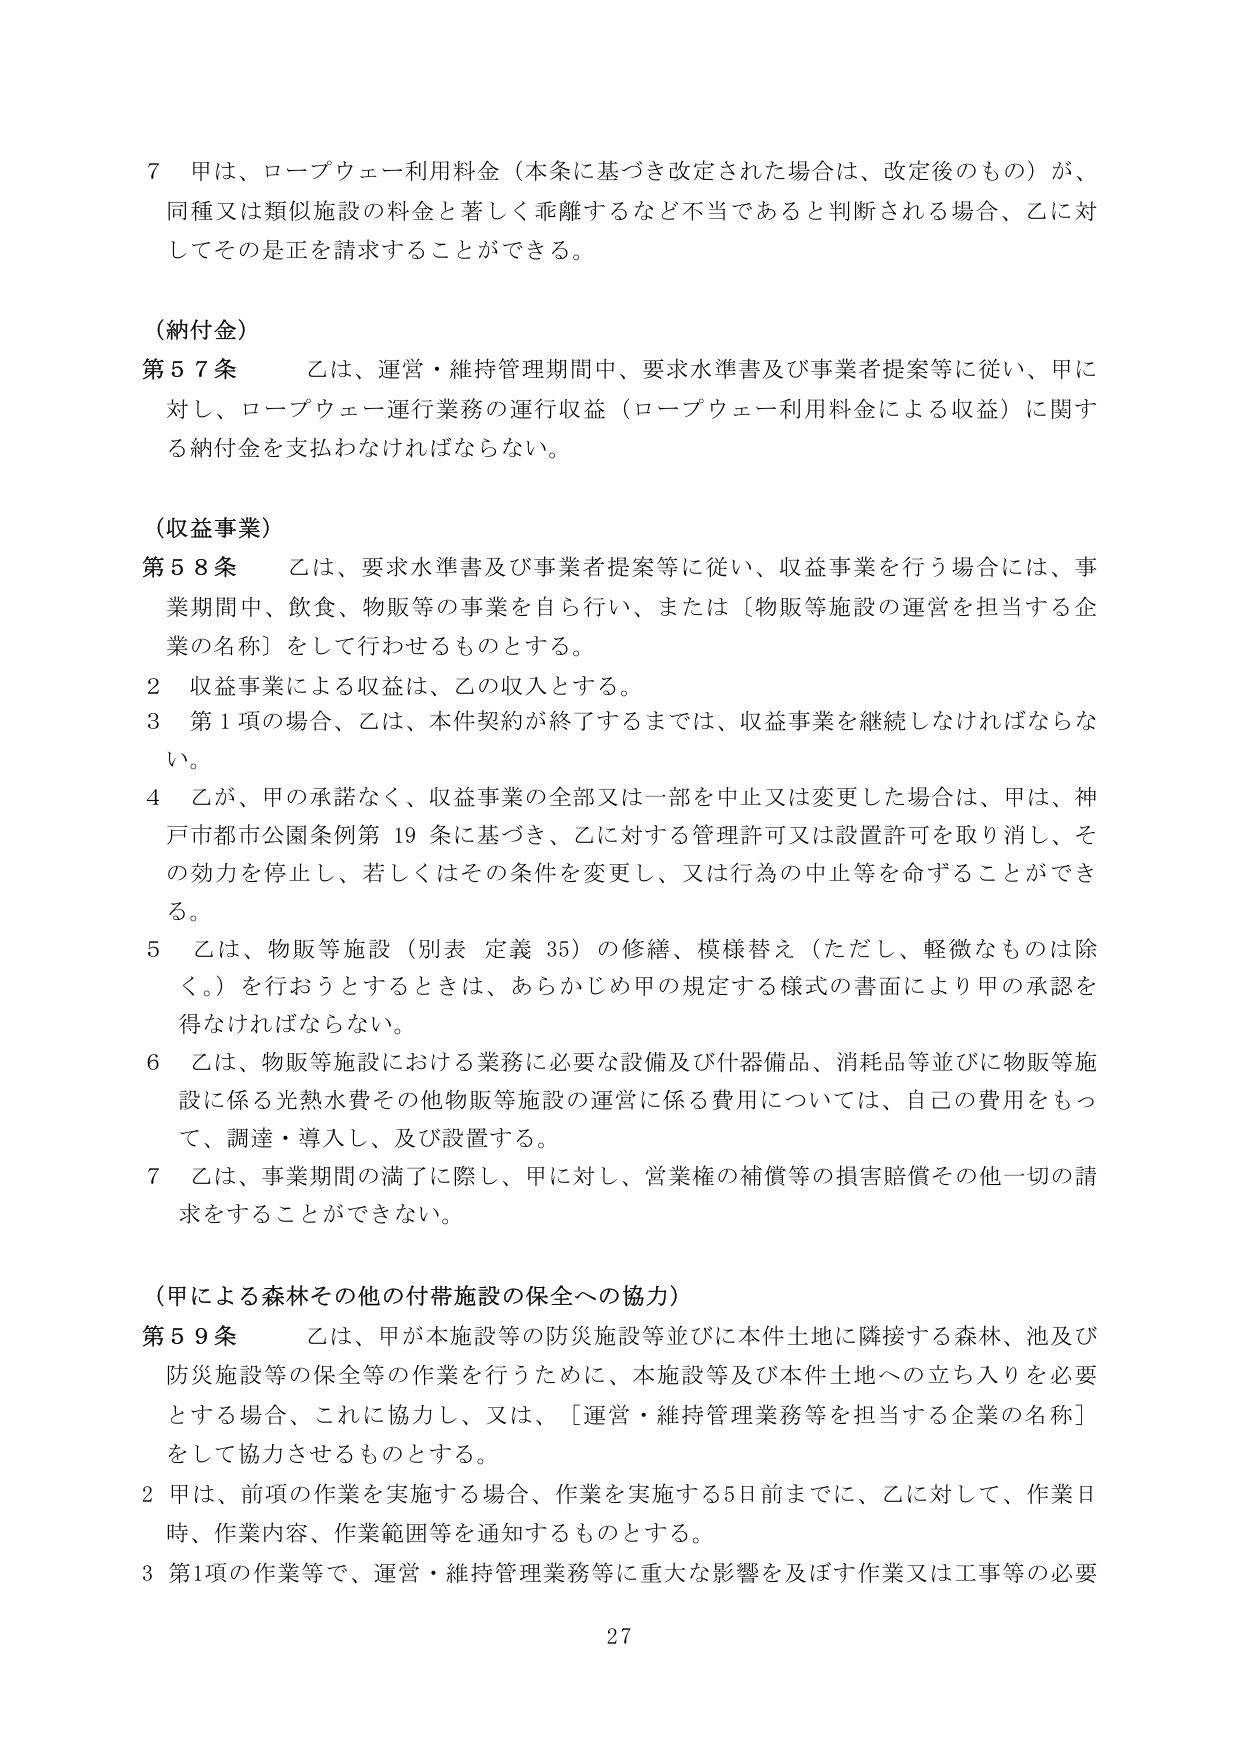
7 甲は、ロープウェー利用料金（本条に基づき改定された場合は、改定後のも の）が、同種又は類似施設の料金と著しく乖離するなど不当であると判断される場合、乙に対してその是正を請求することができる。

（納付金）
第57条 乙は、運営・維持管理期間中、要求水準書及び事業者提案等に従い、甲に対し、ロープウェー運行業務の運行収益（ロープウェー利用料金による収益）に関する納付金を支払わなければならない。

（収益事業）
第58条 乙は、要求水準書及び事業者提案等に従い、収益事業を行う場合には、事業期間中、飲食、物販等の事業を自ら行い、または［物販等施設の運営を担当する企業の名称］をして行わせるものとする。
2 収益事業による収益は、乙の収入とする。
3 第1項の場合、乙は、本件契約が終了するまでは、収益事業を継続しなければならない。
4 乙が、甲の承諾なく、収益事業の全部又は一部を中止又は変更した場合は、甲は、神戸市都市公園条例第19条に基づき、乙に対する管理許可又は設置許可を取り消し、その効力を停止し、若しくはその条件を変更し、又は行為の中止等を命ずることができる。
5 乙は、物販等施設（別表 定義35）の修繕、模様替え（ただし、軽微なものは除く。）を行おうとするときは、あらかじめ甲の規定する様式の書面により甲の承認を得なければならない。
6 乙は、物販等施設における業務に必要な設備及び什器備品、消耗品等並びに物販等施設に係る光熱水費その他物販等施設の運営に係る費用については、自己の費用をもって、調達・導入し、及び設置する。
7 乙は、事業期間の満了に際し、甲に対し、営業権の補償等の損害賠償その他一切の請求をすることができない。

（甲による森林その他の付帯施設の保全への協力）
第59条 乙は、甲が本施設等の防災施設等並びに本件土地に隣接する森林、池及び防災施設等の保全等の作業を行うために、本施設等及び本件土地への立ち入りを必要とする場合、これに協力し、又は、［運営・維持管理業務等を担当する企業の名称］をして協力させるものとする。
2 甲は、前項の作業を実施する場合、作業を実施する5日前までに、乙に対して、作業日時、作業内容、作業範囲等を通知するものとする。
3 第1項の作業等で、運営・維持管理業務等に重大な影響を及ぼす作業又は工事等の必要

27